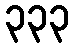
၃၃၃